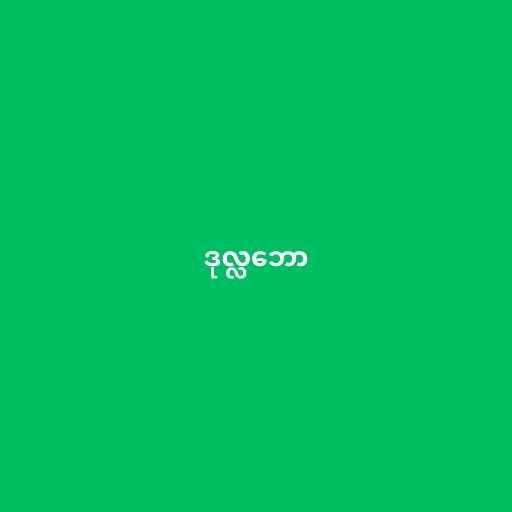
ဒုလ္လဘော